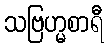
သဗြဟ္မစာရီ